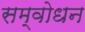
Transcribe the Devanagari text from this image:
सम्वोधन